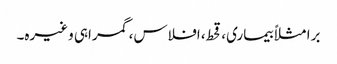
برا مثلاً بیماری، قحط، افلاس، گمراہی وغیرہ۔